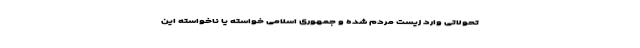
تحولاتی وارد زیست مردم شده و جمهوری اسلامی خواسته یا ناخواسته این